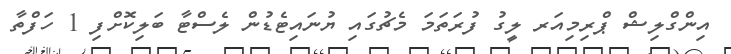
އިންގްލިޝް ޕްރިމިއަރ ލީގު ފުރަތަމަ މެޗުގައި ޔުނައިޓެޑުން ލެސްޓާ ބަލިކޮށްފި 1 ހަފްތާ